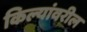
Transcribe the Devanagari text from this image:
किल्यांवरील